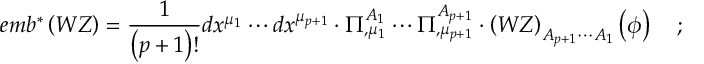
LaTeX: e m b ^ { * } \left( W Z \right) = \frac 1 { \left( p + 1 \right) ! } d x ^ { \mu _ { 1 } } \cdots d x ^ { \mu _ { p + 1 } } \cdot \Pi _ { , \mu _ { 1 } } ^ { A _ { 1 } } \cdots \Pi _ { , \mu _ { p + 1 } } ^ { A _ { p + 1 } } \cdot \left( W Z \right) _ { A _ { p + 1 } \cdots A _ { 1 } } \left( \phi \right) \quad ;